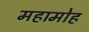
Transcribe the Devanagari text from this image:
महामोह